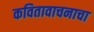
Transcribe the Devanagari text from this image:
कवितावाचनाचा